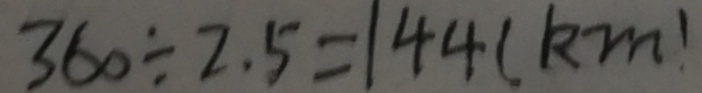
3 6 0 \div 2 . 5 = 1 4 4 ( k m )